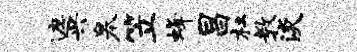
遮兴皋笠蜂昌杜教淡